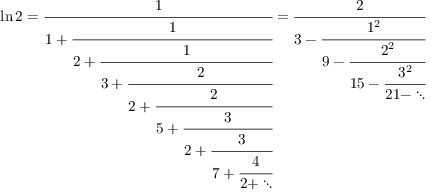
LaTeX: \ln 2 = { \cfrac { 1 } { 1 + { \cfrac { 1 } { 2 + { \cfrac { 1 } { 3 + { \cfrac { 2 } { 2 + { \cfrac { 2 } { 5 + { \cfrac { 3 } { 2 + { \cfrac { 3 } { 7 + { \cfrac { 4 } { 2 + \ddots } } } } } } } } } } } } } } } } = { \cfrac { 2 } { 3 - { \cfrac { 1 ^ { 2 } } { 9 - { \cfrac { 2 ^ { 2 } } { 1 5 - { \cfrac { 3 ^ { 2 } } { 2 1 - \ddots } } } } } } } }